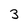
Character: 3